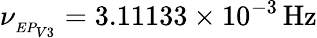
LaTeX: \nu_{_{EP_{V3}}}=3.11133\times 10^{-3}\, \mathrm{{Hz}}